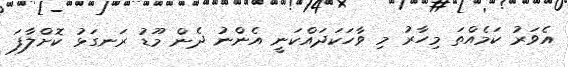
އެވަރު ކަމެއްތަ މިހާރު މި ވާހަކަދައްކަނީ އެންނު ދެން މޫޑު ރަނގަޅު ކޮށްލާފަ